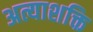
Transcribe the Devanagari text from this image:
अत्याशक्ति